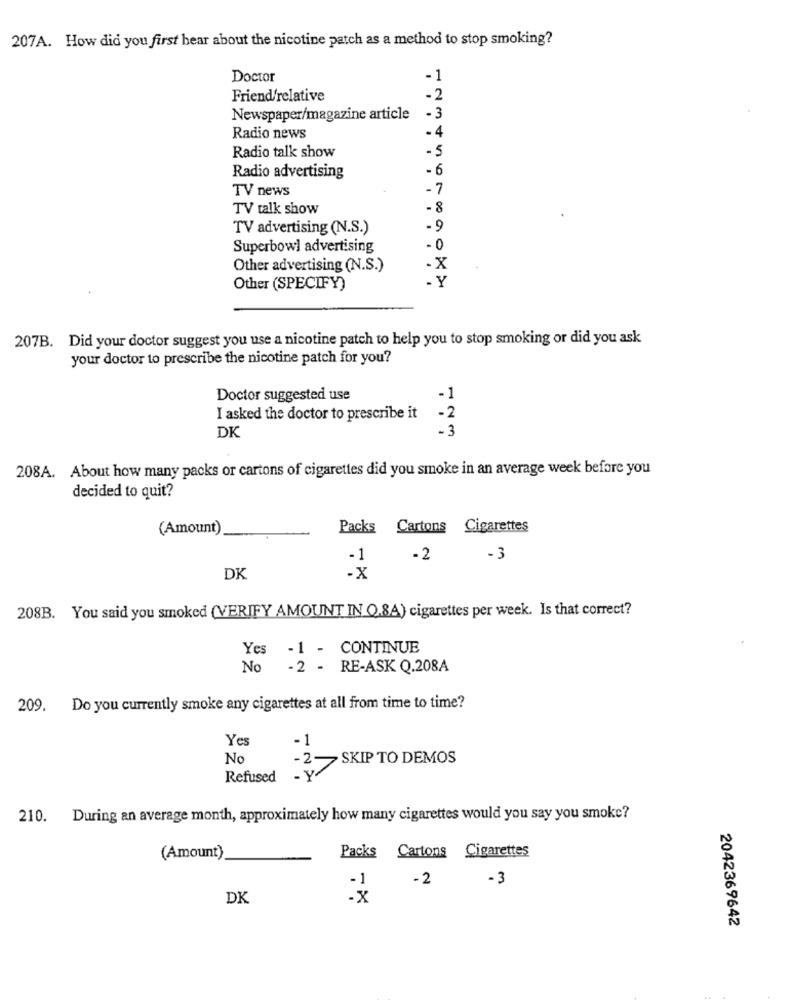
207A. How did you first bear about the nicotine patch as a method to stop smoking?
Doctor
- 1
Friend/relative
- 2
Newspaper/magazine article
-3
- 4
Radio news
-5
Radio talk show
- 6
Radio advertising
TV news
-7
TV talk show
- 8
TV advertising (N.S.)
-9
Superbowl advertising
.0
Other advertising (N.S.)
-X
. Y
Other (SPECIFY)
207B. Did your doctor suggest you use a nicotine patch to help you to stop smoking or did you ask
your doctor to prescribe the nicotine patch for you?
Doctor suggested use
I asked the doctor to prescribe it
-2
DK
- 3
208A. About how many packs or cartons of cigarettes did you smoke in an average week before you
decided to quit?
(Amount)
Packs Cartons Cigarettes
-1
-2
-3
DK
-x
208B. You said you smoked (VERIFY AMOUNT IN Q.8A) cigarettes per week. Is that correct?
Yes -1 - CONTINUE
No -2 - RE-ASK Q.208A
209.
Do you currently smoke any cigarettes at all from time to time?
Yes
-1
No
-2
SKIP TO DEMOS
-V/
Refused
210. During an average month, approximately how many cigarettes would you say you smoke?
Packs Cartons Cigarettes
(Amount)
-3
-2
DK
2042369642